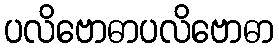
ပလိဗောဓာပလိဗောဓာ